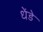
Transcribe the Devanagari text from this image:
धेंडे